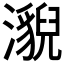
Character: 𤂚